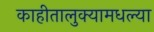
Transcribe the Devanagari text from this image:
काहीतालुक्यामधल्या